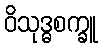
ဝိသုဒ္ဓစက္ခူ